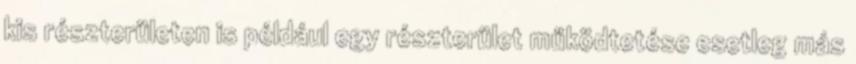
kis részterületen is például egy részterület működtetése esetleg más